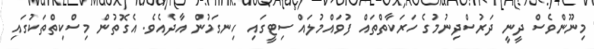
މިނޫންވެސް ދީނީ ދަރުސްދިނުމުގެ ހަރަކާތްތައް ފުވައްމުލައް ސިޓީގައި ހިނގަމުން އާދެއެވެ. އެގޮތުން މިސްކިތްތަކުގައި